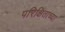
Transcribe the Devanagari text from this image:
परिक्षिताच्या